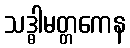
သဒ္ဓါမတ္တကေန